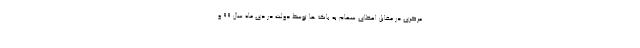
مرکزی در مقابل اعطای سهام به بانک ها توسط دولت در دی ماه سال ۹۹ و